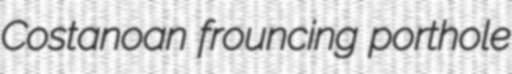
Costanoan frouncing porthole